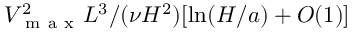
V _ { \mathrm { ~ m ~ a ~ x ~ } } ^ { 2 } L ^ { 3 } / ( \nu H ^ { 2 } ) [ \ln ( H / a ) + O ( 1 ) ]